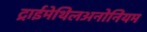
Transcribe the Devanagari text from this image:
ट्राईमेथिलअनोनियम